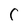
Character: C